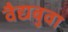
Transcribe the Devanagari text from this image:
वैद्यबुवा